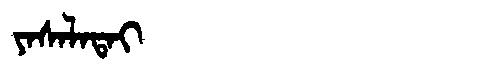
Manchu: ᠶᠠᠰᠠᠯᠠᡨᠠᡳ
Romanization: YASALATAI